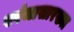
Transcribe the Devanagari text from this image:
स्पंजासारख्या